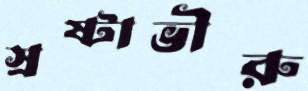
স্রষ্টাভীরু